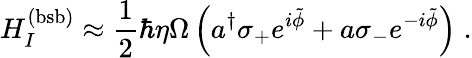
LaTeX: H_{I}^{(\mathrm{bsb)}}\approx\frac{1}{2}\hbar\eta\Omega\left(a^{\dagger}\sigma_{+}e^{i\tilde{\phi}}+a\sigma_{-}e^{-i\tilde{\phi}}\right)\; .